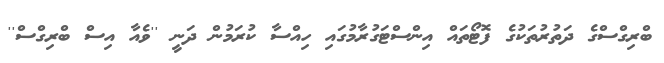
ބްރިގްސްގެ ދަތުރުތަކުގެ ފޮޓޯތައް އިިންސްޓަގުރާމުގައި ހިއްސާ ކުރަމުން ދަނީ ''ވެއާ އިސް ބްރިގްސް''